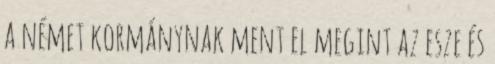
a német kormánynak ment el megint az esze és